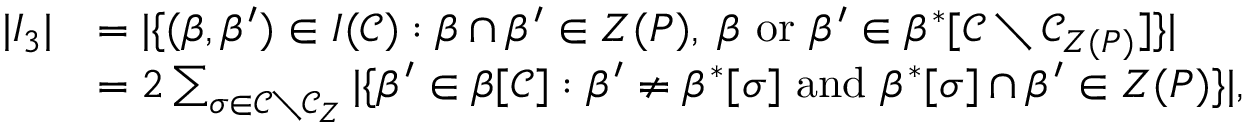
\begin{array} { r l } { | I _ { 3 } | } & { = | \{ ( \beta , \beta ^ { \prime } ) \in I ( \mathscr { C } ) : \beta \cap \beta ^ { \prime } \in Z ( P ) , \; \beta \mathrm { ~ o r ~ } \beta ^ { \prime } \in \beta ^ { \ast } [ \mathscr { C } \setminus \mathscr { C } _ { Z ( P ) } ] \} | } \\ & { = 2 \sum _ { \sigma \in \mathscr { C } \setminus \mathscr { C } _ { Z } } | \{ \beta ^ { \prime } \in \beta [ \mathscr { C } ] : \beta ^ { \prime } \neq \beta ^ { \ast } [ \sigma ] \mathrm { ~ a n d ~ } \beta ^ { \ast } [ \sigma ] \cap \beta ^ { \prime } \in Z ( P ) \} | , } \end{array}